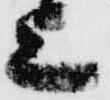
上